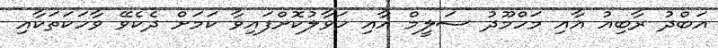
އަބްދު ރާބިއު އާއި މަހްމޫދު ސަލީމް އާއި ހަވާލުކޮށްފައިވާ ކަމަށް ދެކެވޭ ވާހަކަތަކާއި